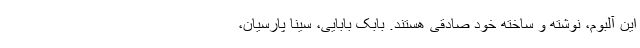
این آلبوم، نوشته و ساخته خود صادقی هستند. بابک بابایی، سینا پارسیان،